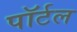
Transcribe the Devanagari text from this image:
पॉर्टल